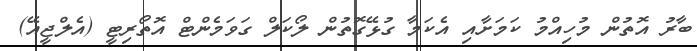
ބާރު އޮތުން މުހިއްމު ކަމަށާއި އެކަމާ ގުޅޭގޮތުން ލޯކަލް ގަވަމެންޓް އޮތޯރިޓީ (އެލްޖީއޭ)